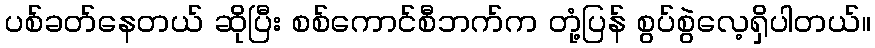
ပစ်ခတ်နေတယ် ဆိုပြီး စစ်ကောင်စီဘက်က တုံ့ပြန် စွပ်စွဲလေ့ရှိပါတယ်။